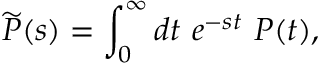
{ \widetilde P } ( s ) = \int _ { 0 } ^ { \infty } d t \ e ^ { - s t } \ P ( t ) ,